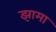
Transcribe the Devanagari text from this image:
झामा